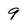
Character: 9